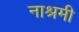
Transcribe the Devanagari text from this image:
नाश्रमी